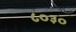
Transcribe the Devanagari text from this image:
८०३०